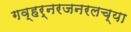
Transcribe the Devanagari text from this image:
गव्हर्नरजनरलच्या